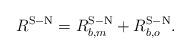
LaTeX: \begin{align*}{R^{\rm{S-N}}} = R_{b,m}^{\rm{S-N}} + R_{b,o}^{\rm{S-N}}.\end{align*}